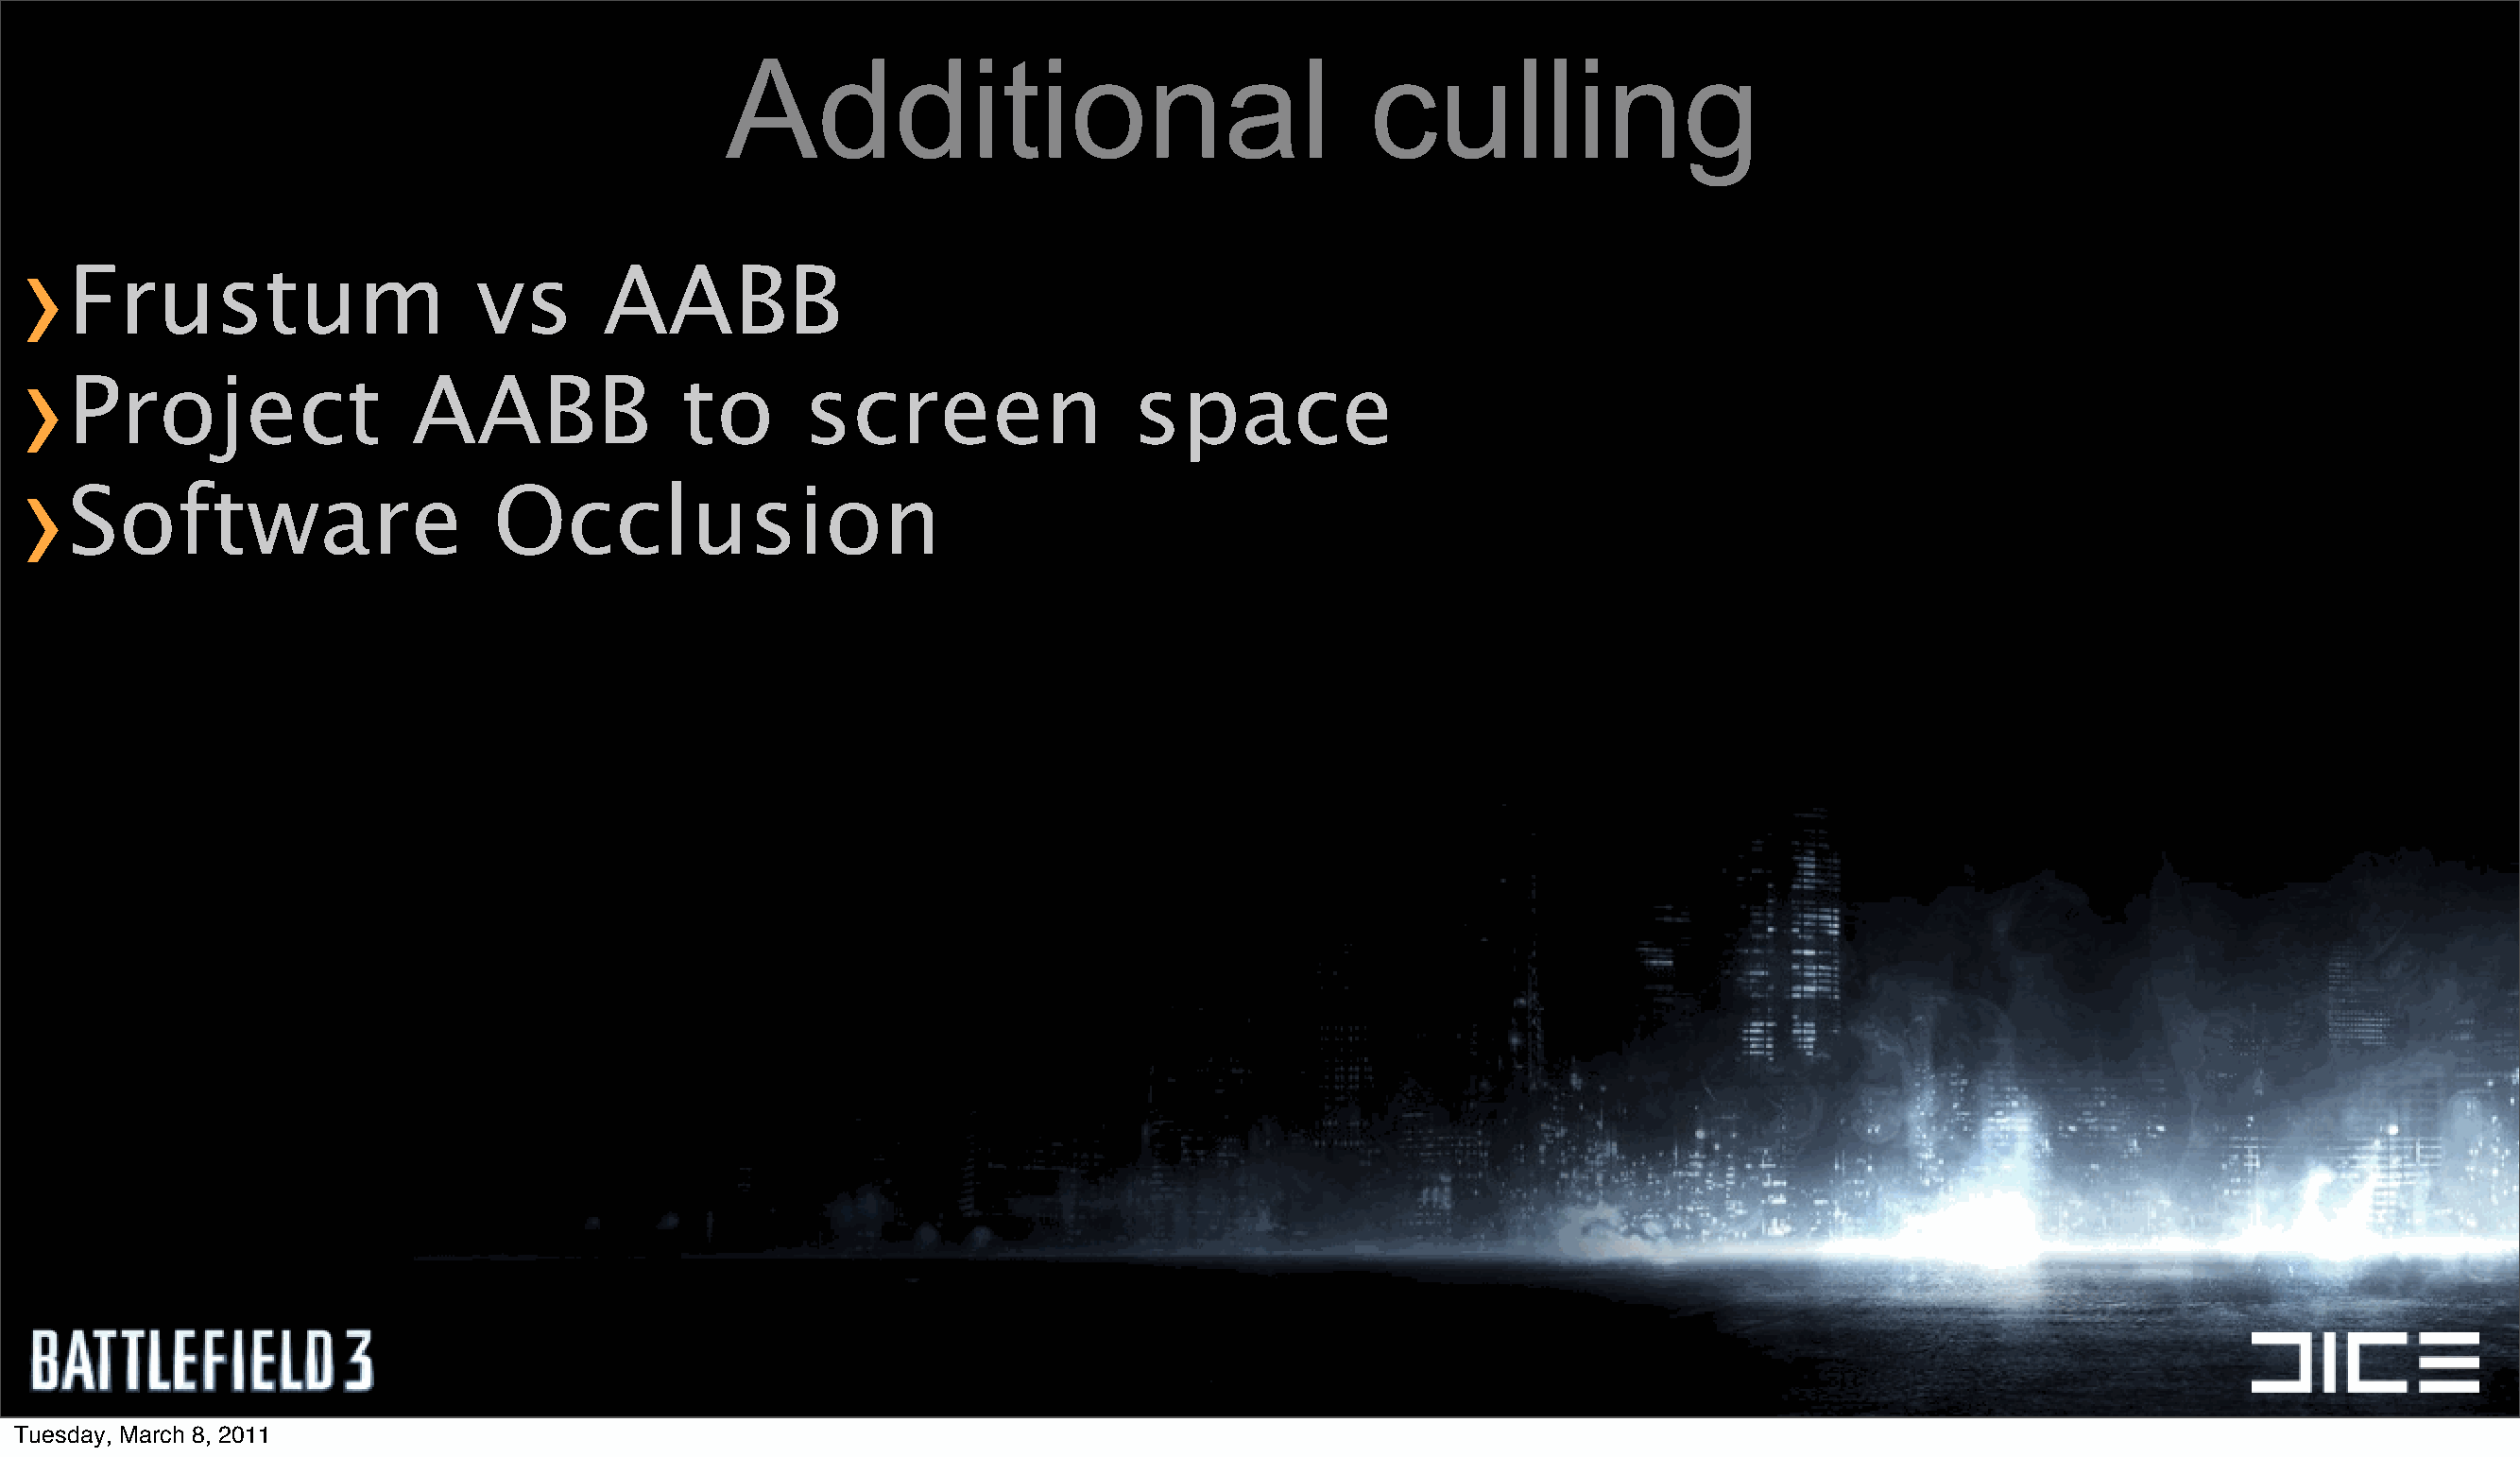
Additional                                   culling
 ›
 Frustum                     vs       AABB
 ›
 Project                 AABB               to      screen                 space
 ›
 Software                      Occlusion
 Tuesday, March 8, 2011